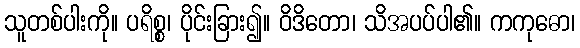
သူတစ်ပါးကို။ ပရိစ္စ၊ ပိုင်းခြား၍။ ဝိဒိတော၊ သိအပပ်ပါ၏။ ကကုဓော၊